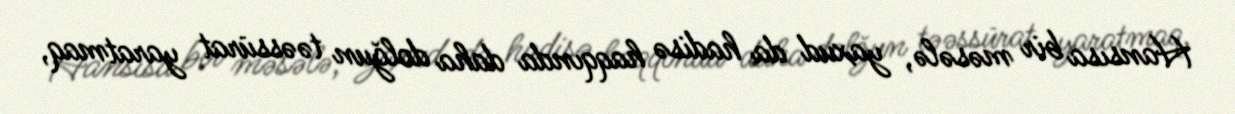
Hansısa bir məsələ, yaxud da hadisə haqqında daha dolğun təəssürat yaratmaq,